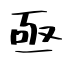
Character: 亟